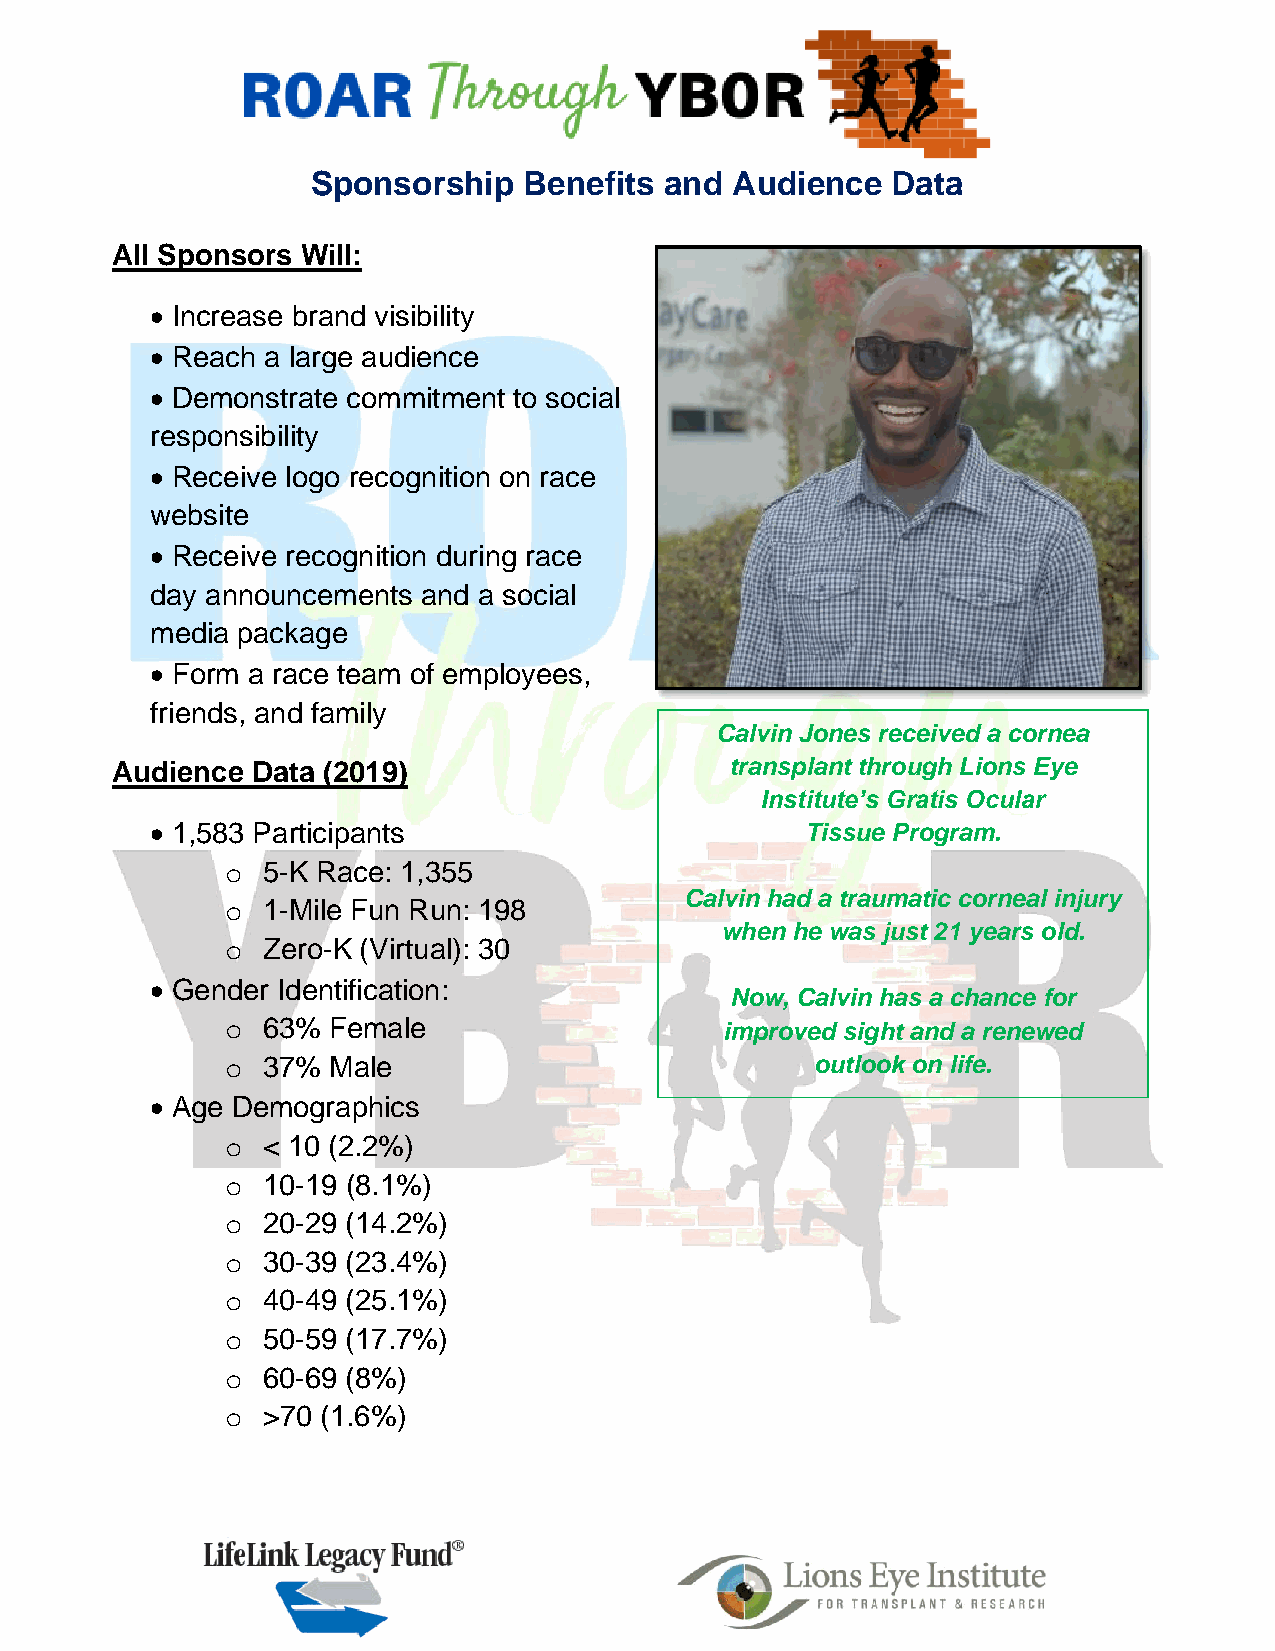
Sponsorship   Benefits and Audience   Data
 All Sponsors Will:
 • Increase brand visibility
 • Reach a large audience
 • Demonstrate commitment to social
 responsibility
 • Receive logo recognition on race
 website
 • Receive recognition during race
 day announcements and a social
 media package
 • Form a race team of employees,
 friends, and family
 Calvin Jones received a cornea
 Audience  Data (2019)                    transplant through Lions Eye
 Institute’s Gratis Ocular
 • 1,583 Participants                       Tissue Program.
 o 5-K Race: 1,355
 Calvin had a traumatic corneal injury
 o 1-Mile Fun Run: 198
 when he was just 21 years old.
 o Zero-K (Virtual): 30
 • Gender Identification:
 Now, Calvin has a chance for
 o 63%  Female                    improved sight and a renewed
 o 37%  Male                            outlook on life.
 • Age Demographics
 o < 10 (2.2%)
 o 10-19 (8.1%)
 o 20-29 (14.2%)
 o 30-39 (23.4%)
 o 40-49 (25.1%)
 o 50-59 (17.7%)
 o 60-69 (8%)
 o >70 (1.6%)